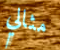
مثالي